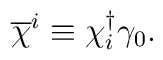
\overline{\chi}^{i} \equiv \chi_{i}^{\dagger} \gamma_{0}.